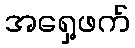
အရှေ့ဖက်